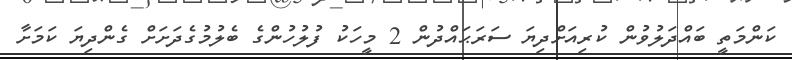
ކަންމަތީ ބައްދަލުވުން ކުރިއަށްދިޔަ ސަރަޙައްދުން 2 މީހަކު ފުލުހުންގެ ބެލުމުގެދަށަށް ގެންދިޔަ ކަމަށާ